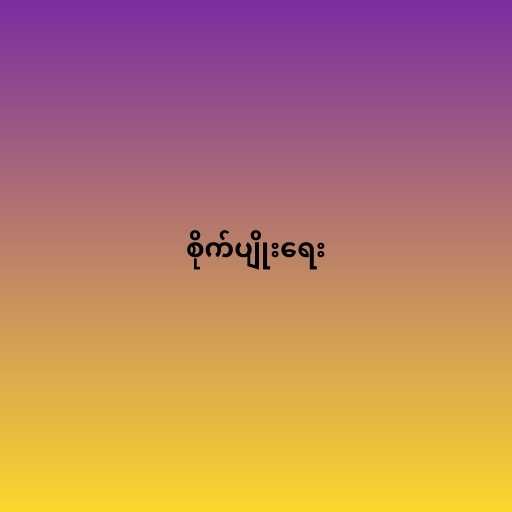
စိုက်ပျိုးရေး